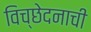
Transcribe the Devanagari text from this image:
विच्छेदनाची